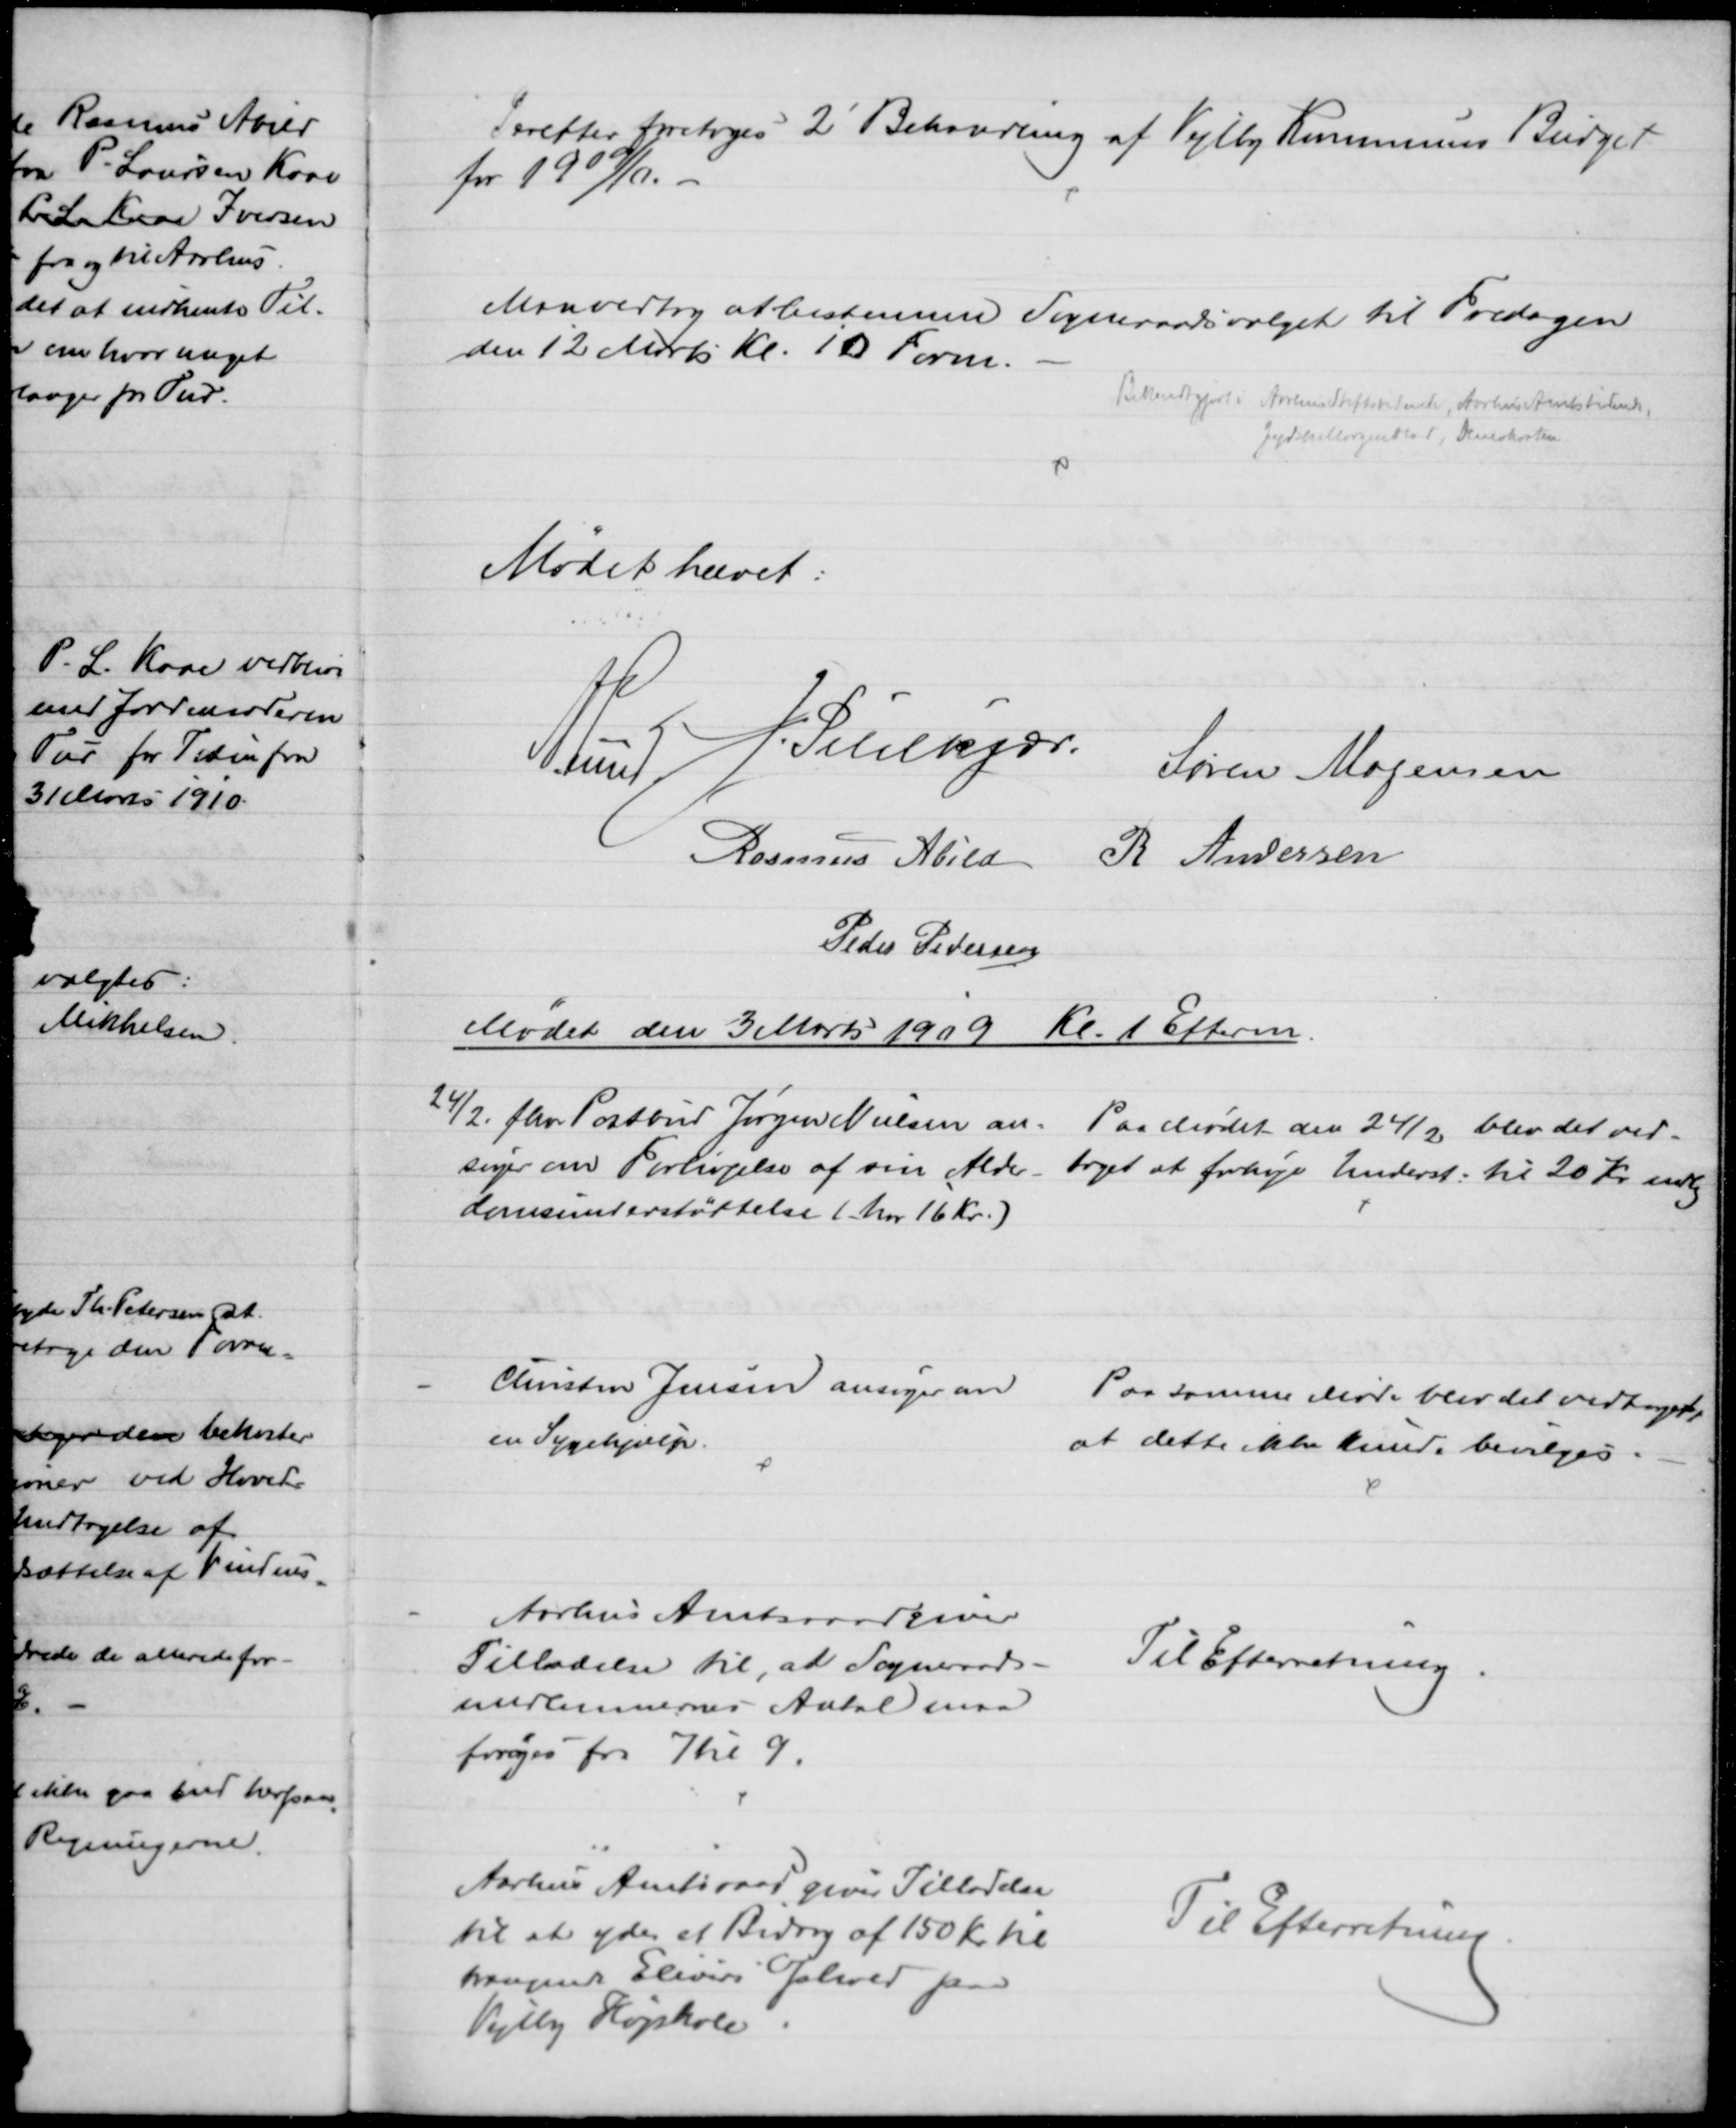
Transskription:
Derefter foretoges 2' Behandling af Vejlby Kommunens Budget
for 1909/10.
Man vedtog at bestemme Sogneraadsvalget til Fredagen
den 12 Marts Kl. 10 Form.
Bekendtgjort i Aarhus Stiftstidende, Aarhus Amtstidende
Jydsk Morgenblad,  Demokraten
Mødet hævet:
A. Lund
J. Pihlkjær.
Søren Mogensen
Rasmus Abild R Andersen
Peder Pedersen
Mødet den 3 Marts1909 Kl. 1 Efterm.
24/2. fhv. Postbud Jørgen Nielsen an-
søger om Forhøjelse af sin Alder-
domsunderstøttelse (har 16 Kr.)
Paa Mødet den 24/2 blev det ved-
taget at forhøje Underst. til 20 Kr. mdlg
Christen Jensen ansøger om
en Sygehjælp.
Paa samme Møde blev det vedtaget,
at dette ikke kunde bevilges.
Aarhus Amtsraad giver
Tilladelse til, at Sogneraads-
medlemmernes Antal maa
forøges fra 7 til 9.
Til Efterretning.
Aarhus Amtsraad giver Tilladelse
til at yde et Bidrag af 150 Kr til
trængende Elevers Ophold paa
Vejlby Højskole
Til Efterretning